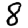
Digit: 8